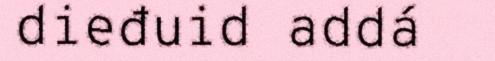
dieđuid addá